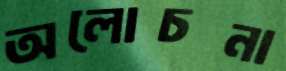
অলোচনা